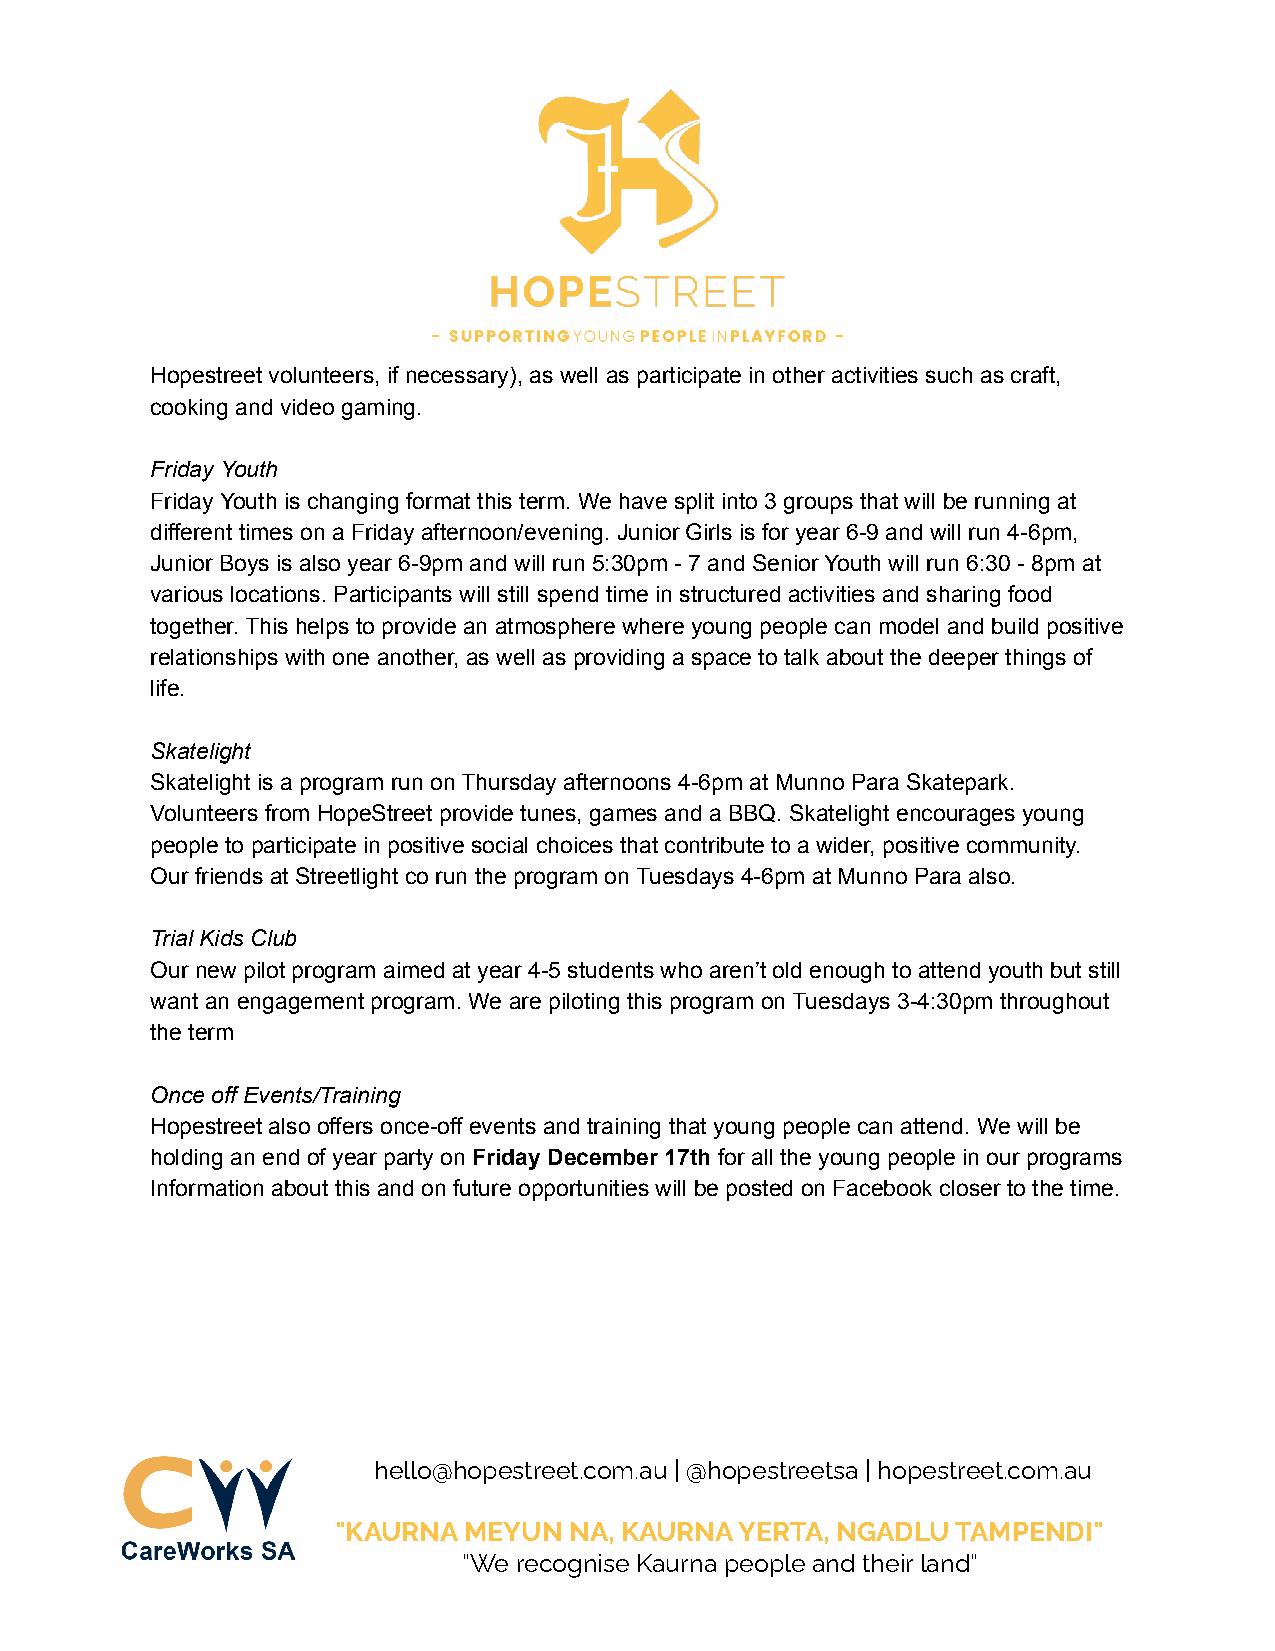
Hopestreet volunteers, if necessary), as well as participate in other activities such as craft,
 cooking and video gaming.
 Friday Youth
 Friday Youth is changing format this term. We have split into 3 groups that will be running at
 different times on a Friday afternoon/evening. Junior Girls is for year 6-9 and will run 4-6pm,
 Junior Boys is also year 6-9pm and will run 5:30pm - 7 and Senior Youth will run 6:30 - 8pm at
 various locations. Participants will still spend time in structured activities and sharing food
 together. This helps to provide an atmosphere where young people can model and build positive
 relationships with one another, as well as providing a space to talk about the deeper things of
 life.
 Skatelight
 Skatelight is a program run on Thursday afternoons 4-6pm at Munno Para Skatepark.
 Volunteers from HopeStreet provide tunes, games and a BBQ. Skatelight encourages young
 people to participate in positive social choices that contribute to a wider, positive community.
 Our friends at Streetlight co run the program on Tuesdays 4-6pm at Munno Para also.
 Trial Kids Club
 Our new pilot program aimed at year 4-5 students who aren’t old enough to attend youth but still
 want an engagement program. We are piloting this program on Tuesdays 3-4:30pm throughout
 the term
 Once off Events/Training
 Hopestreet also offers once-off events and training that young people can attend. We will be
 holding an end of year party on Friday December 17th for all the young people in our programs
 Information about this and on future opportunities will be posted on Facebook closer to the time.
 hello@hopestreet.com.au | @hopestreetsa | hopestreet.com.au
 "KAURNA  MEYUN  NA, KAURNA YERTA, NGADLU TAMPENDI"
 “We recognise Kaurna people and their land”